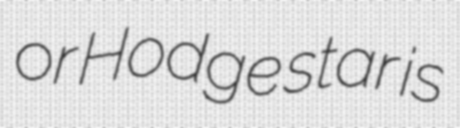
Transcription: or Hodge star is